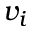
v _ { i }